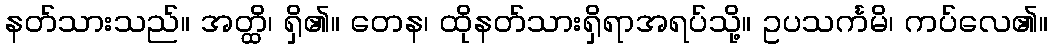
နတ်သားသည်။ အတ္ထိ၊ ရှိ၏။ တေန၊ ထိုနတ်သားရှိရာအရပ်သို့။ ဥပသင်္ကမိ၊ ကပ်လေ၏။